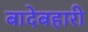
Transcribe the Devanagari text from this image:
बादेबहारी